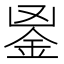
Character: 𨥢